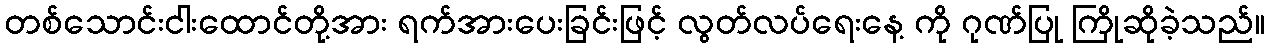
တစ်သောင်းငါးထောင်တို့အား ရက်အားပေးခြင်းဖြင့် လွတ်လပ်ရေးနေ့ ကို ဂုဏ်ပြု ကြိုဆိုခဲ့သည်။